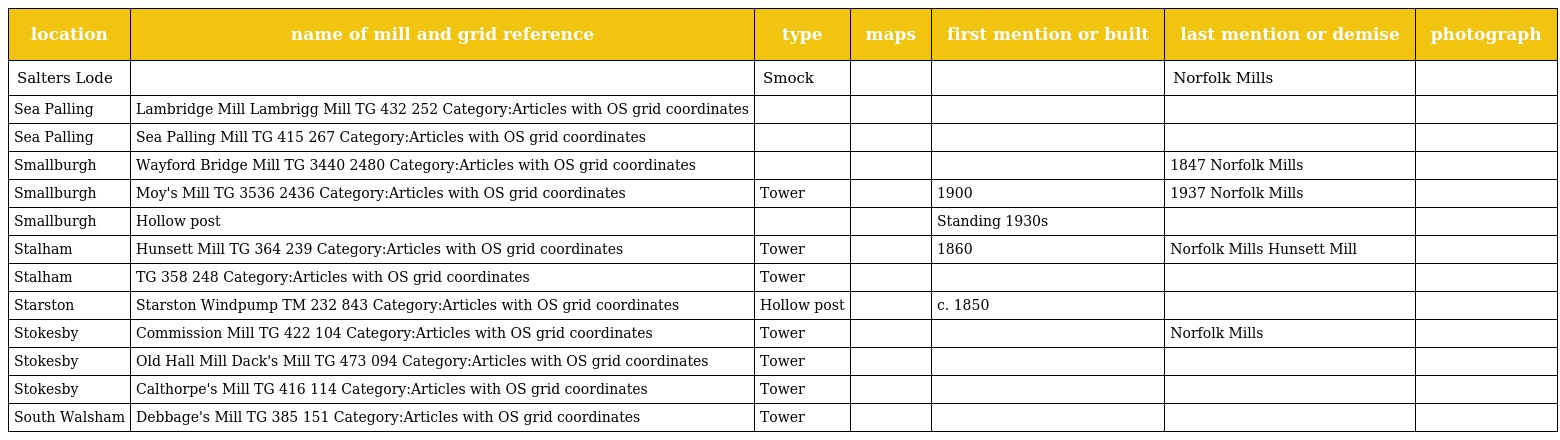
| location | name of mill and grid reference | type | maps | first mention or built | last mention or demise | photograph |
 | --- | --- | --- | --- | --- | --- | --- |
 | Salters Lode |  | Smock |  |  | Norfolk Mills |  |
 | Sea Palling | Lambridge Mill Lambrigg Mill TG 432 252 Category:Articles with OS grid coordinates |  |  |  |  |  |
 | Sea Palling | Sea Palling Mill TG 415 267 Category:Articles with OS grid coordinates |  |  |  |  |  |
 | Smallburgh | Wayford Bridge Mill TG 3440 2480 Category:Articles with OS grid coordinates |  |  |  | 1847 Norfolk Mills |  |
 | Smallburgh | Moy's Mill TG 3536 2436 Category:Articles with OS grid coordinates | Tower |  | 1900 | 1937 Norfolk Mills |  |
 | Smallburgh | Hollow post |  |  | Standing 1930s |  |  |
 | Stalham | Hunsett Mill TG 364 239 Category:Articles with OS grid coordinates | Tower |  | 1860 | Norfolk Mills Hunsett Mill |  |
 | Stalham | TG 358 248 Category:Articles with OS grid coordinates | Tower |  |  |  |  |
 | Starston | Starston Windpump TM 232 843 Category:Articles with OS grid coordinates | Hollow post |  | c. 1850 |  |  |
 | Stokesby | Commission Mill TG 422 104 Category:Articles with OS grid coordinates | Tower |  |  | Norfolk Mills |  |
 | Stokesby | Old Hall Mill Dack's Mill TG 473 094 Category:Articles with OS grid coordinates | Tower |  |  |  |  |
 | Stokesby | Calthorpe's Mill TG 416 114 Category:Articles with OS grid coordinates | Tower |  |  |  |  |
 | South Walsham | Debbage's Mill TG 385 151 Category:Articles with OS grid coordinates | Tower |  |  |  |  |